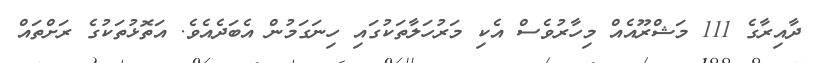
ދާއިރާގެ 111 މަޝްރޫއެއް މިހާރުވެސް އެކި މަރުހަލާތަކުގައި ހިނަގަމުން އެބަދެއެވެ. އަތޮޅުތަކުގެ ރަށްތައް